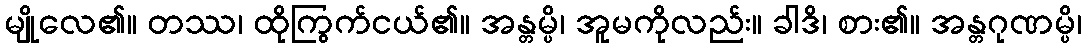
မျိုလေ၏။ တဿ၊ ထိုကြွက်ငယ်၏။ အန္တမ္ပိ၊ အူမကိုလည်း။ ခါဒိ၊ စား၏။ အန္တဂုဏမ္ပိ၊